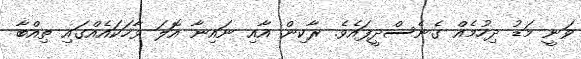
ވަނީ މަޑު ދިހުމެއް ގެނެސްދީފައެވެ. ރާކިން އާއި ނައިނާ އޮލަ ވާހަކައެއްގައި ތިއްބާ